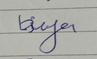
Signature authenticity: genuine